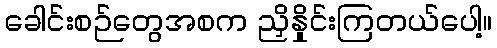
ခေါင်းစဉ်တွေအစက ညှိနှိုင်းကြတယ်ပေါ့။